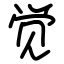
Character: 觉